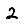
Digit: 2